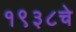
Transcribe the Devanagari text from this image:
१९३८चे